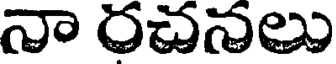
నా రచనలు